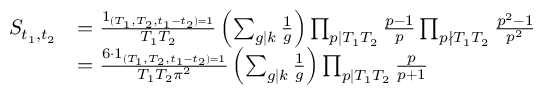
\begin{array} { r l } { S _ { t _ { 1 } , t _ { 2 } } } & { = \frac { 1 _ { ( T _ { 1 } , T _ { 2 } , t _ { 1 } - t _ { 2 } ) = 1 } } { T _ { 1 } T _ { 2 } } \left( \sum _ { g \mid k } \frac { 1 } { g } \right) \prod _ { \substack { p \mid T _ { 1 } T _ { 2 } } } \frac { p - 1 } { p } \prod _ { p \nmid T _ { 1 } T _ { 2 } } \frac { p ^ { 2 } - 1 } { p ^ { 2 } } } \\ & { = \frac { 6 \cdot 1 _ { ( T _ { 1 } , T _ { 2 } , t _ { 1 } - t _ { 2 } ) = 1 } } { T _ { 1 } T _ { 2 } \pi ^ { 2 } } \left( \sum _ { g \mid k } \frac { 1 } { g } \right) \prod _ { p \mid T _ { 1 } T _ { 2 } } \frac { p } { p + 1 } } \end{array}